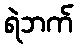
ရဲဘက်